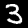
Label: 3